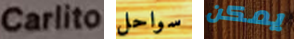
Carlito سواحل يمكن